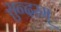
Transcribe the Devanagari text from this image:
सुन्‍दरम्